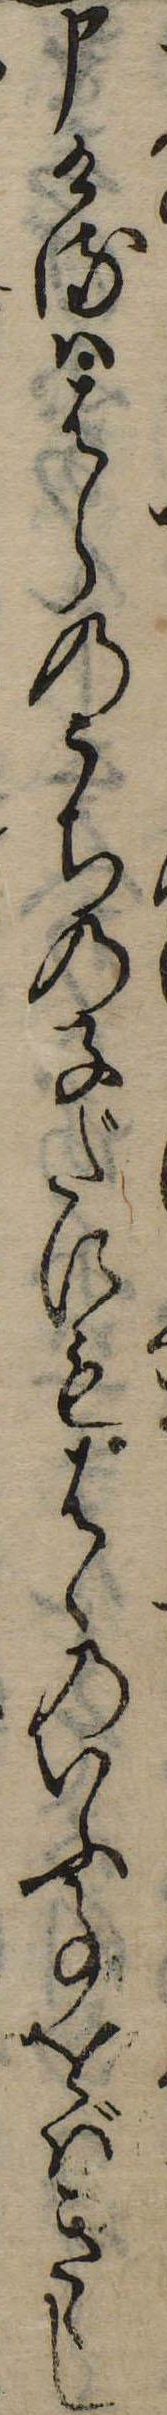
申けるははらのうちの子だにもはゝのいふ事をばきゝし